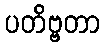
ပတိဗ္ဗတာ